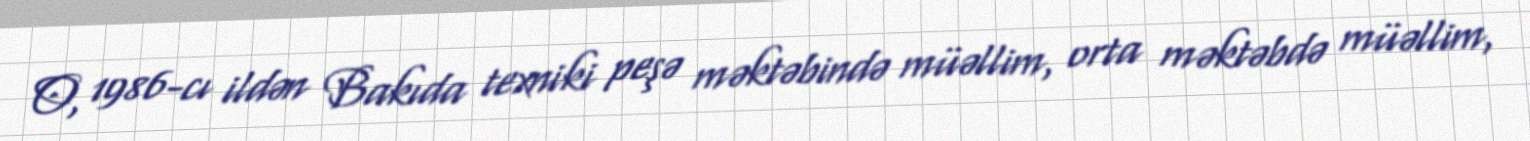
O, 1986-cı ildən Bakıda texniki peşə məktəbində müəllim, orta məktəbdə müəllim,